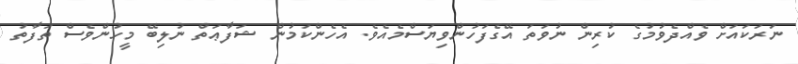
ނަރަކައަށް ވެއްދެވުމުގެ ކުރިން ނުވަތަ އޭގެފަހުންވިޔަސްމެއެވެ. އެހެންކަމުން ޝަފާޢަތް ނުލިބޭ މީހުންވެސް ތަފާތު